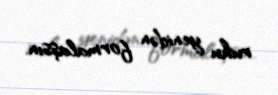
ruhu yenidən formalaşsın.